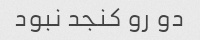
دو رو کنجد نبود